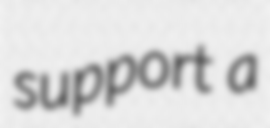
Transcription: support a